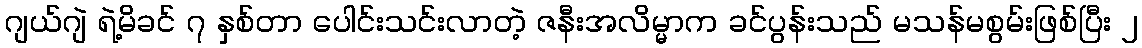
ဂျယ်ဂျဲ ရဲ့မိခင် ၇ နှစ်တာ ပေါင်းသင်းလာတဲ့ ဇနီးအလိမ္မာက ခင်ပွန်းသည် မသန်မစွမ်းဖြစ်ပြီး ၂